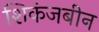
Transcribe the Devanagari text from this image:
शिकंजबीन